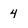
Character: 4